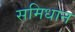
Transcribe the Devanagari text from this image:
समिधान